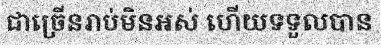
ជាច្រើនរាប់មិនអស់ ហើយទទួលបាន